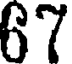
67